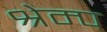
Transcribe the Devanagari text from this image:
श्रेम्प